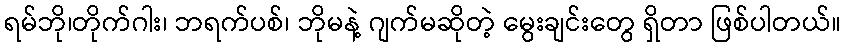
ရမ်ဘို၊တိုက်ဂါး၊ ဘရက်ပစ်၊ ဘိုမနဲ့ ဂျက်မဆိုတဲ့ မွေးချင်းတွေ ရှိတာ ဖြစ်ပါတယ်။